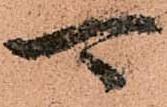
可